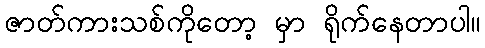
ဇာတ်ကားသစ်ကိုတော့ မှာ ရိုက်နေတာပါ။